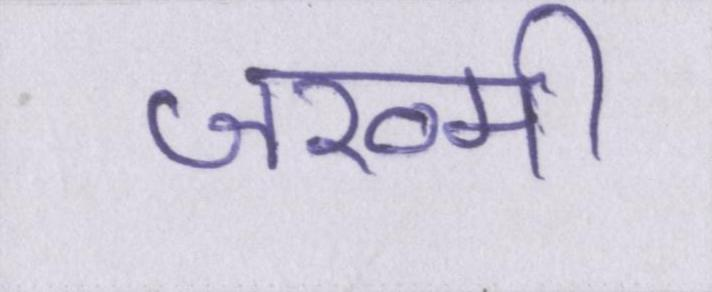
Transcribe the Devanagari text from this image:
जख्मी